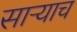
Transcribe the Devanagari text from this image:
साऱ्याच